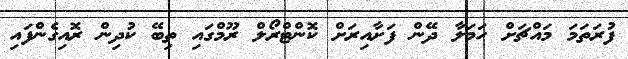
ފުރަތަމަ މައްޗަށް ހަމަލާ ދޭން ފަށާއިރަށް ކޮންޓްރޯލް ރޫމްގައި ތިބޭ ކުދިން ރޮއިގެންފައި